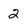
Character: 2